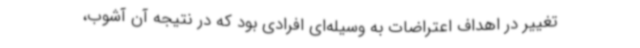
تغییر در اهداف اعتراضات به وسیله‌ای افرادی بود که در نتیجه آن آشوب،